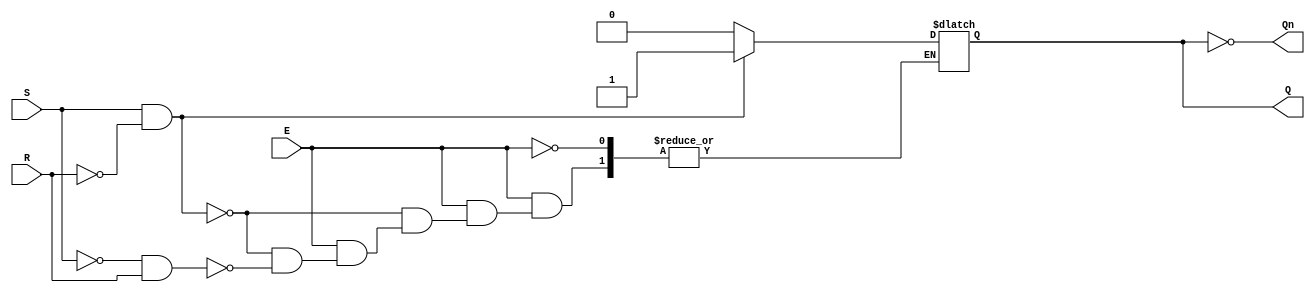
module gated_sr_latch (
    input wire S,       // Set input
    input wire R,       // Reset input
    input wire E,       // Enable input
    output reg Q,       // Primary output
    output wire Qn      // Complementary output
);

    // Complementary output
    assign Qn = ~Q;

    // Always block to handle the state of the latch
    always @(*) begin
        if (E) begin
            if (S && !R) begin
                Q = 1'b1;  // Set Q to 1
            end
            else if (!S && R) begin
                Q = 1'b0;  // Reset Q to 0
            end
            // If (S == 0 && R == 0), maintain the current state of Q
            // If (S == 1 && R == 1), this condition is undefined, we can leave it unchanged.
        end
        // If E is low, retain the state of Q (no change)
    end

endmodule